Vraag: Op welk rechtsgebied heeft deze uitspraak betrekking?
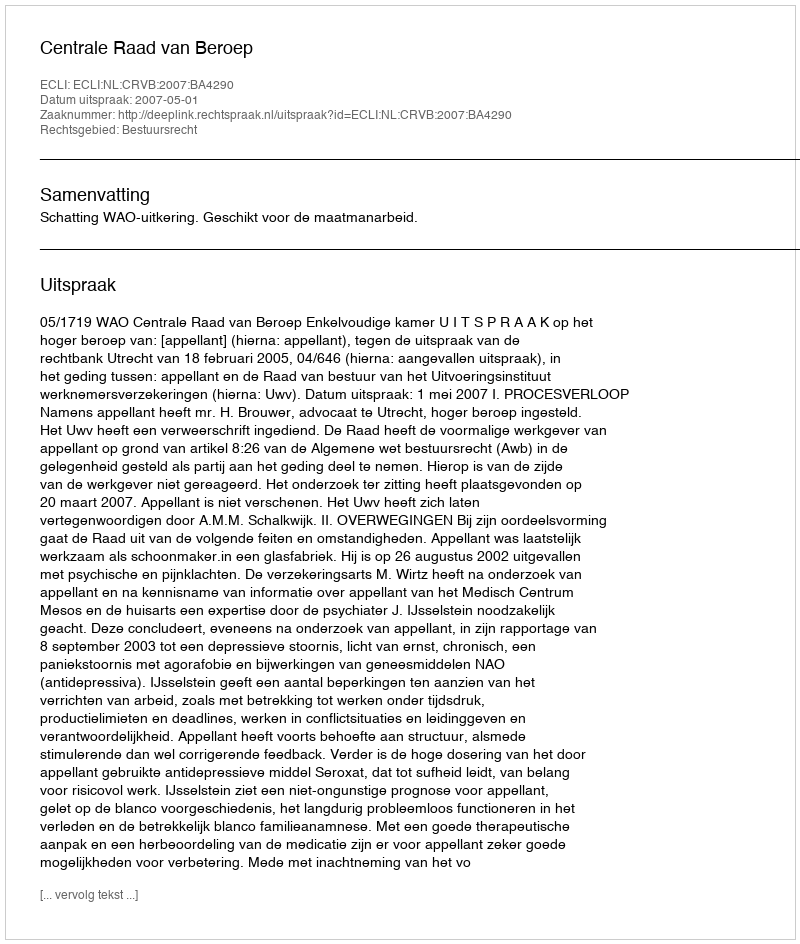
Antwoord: Bestuursrecht